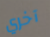
آخري